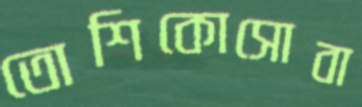
তোশিকোসোবা